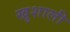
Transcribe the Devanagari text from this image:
खुशाली